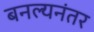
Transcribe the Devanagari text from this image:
बनल्यनंतर